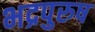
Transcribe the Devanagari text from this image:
भद्रपुरुष